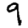
Digit: 9